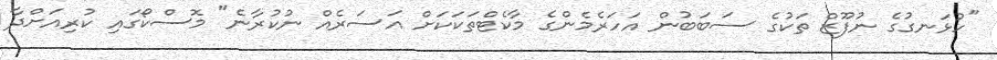
"ހުޅަނގުގެ ނުފޫޒް ތަކުގެ ސަބަބުން އަހަރެމެންގެ މާކެޓްތަކަކަށް އަސަރެއް ނުކުރާނެ" މޮސްކޯގައި ކުރިއަށްދާ